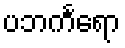
ပဘင်္ကရော